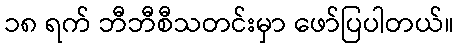
၁၈ ရက် ဘီဘီစီသတင်းမှာ ဖော်ပြပါတယ်။